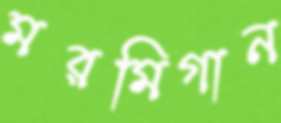
মরমিগান